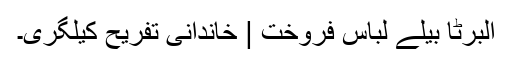
البرٹا بیلے لباس فروخت | خاندانی تفریح ​​کیلگری۔